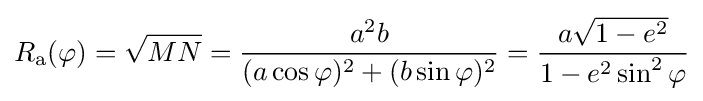
R_{\text{a}}(\varphi )={\sqrt {MN}}={\frac {a^{2}b}{(a\cos \varphi )^{2}+(b\sin \varphi )^{2}}}={\frac {a{\sqrt {1-e^{2}}}}{1-e^{2}\sin ^{2}\varphi }}